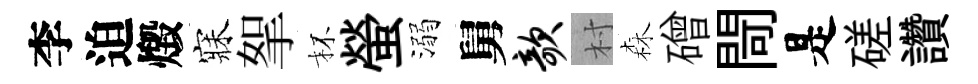
李迫燬寐挐杯螢溺舅欹村森磳閜是磋讚